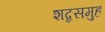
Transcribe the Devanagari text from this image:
शब्दसमुह